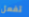
تفعل